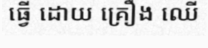
ធ្វើ ដោយ គ្រឿង ឈើ